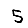
Digit: 5